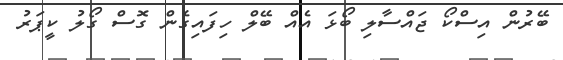
ބޭރުން އިސްކޯ ޖައްސާލި ބޯޅަ އެއް ބޭލް ހިފައިގެން ގޮސް ގޯލު ކީޕަރު